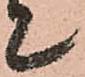
て